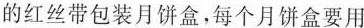
的红丝带包装月饼盒，每个月饼盒要用